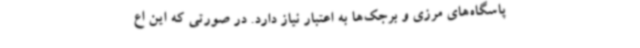
پاسگاه‌های مرزی و برجک‌ها به اعتبار نیاز دارد. در صورتی که این اع